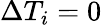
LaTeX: \Delta T_{i}=0